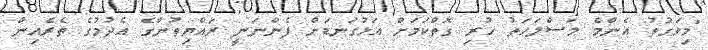
"މިވަގުތު އެންމެ މަސްލަހަތު ހުރި ގޮތްކަމަށް އަޅުގަނޑަށް ފެންނަނީ ރައްޔިތުންގެ އެދުމުގެ ތެރެއިން